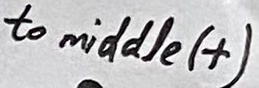
Text: to middle (+)